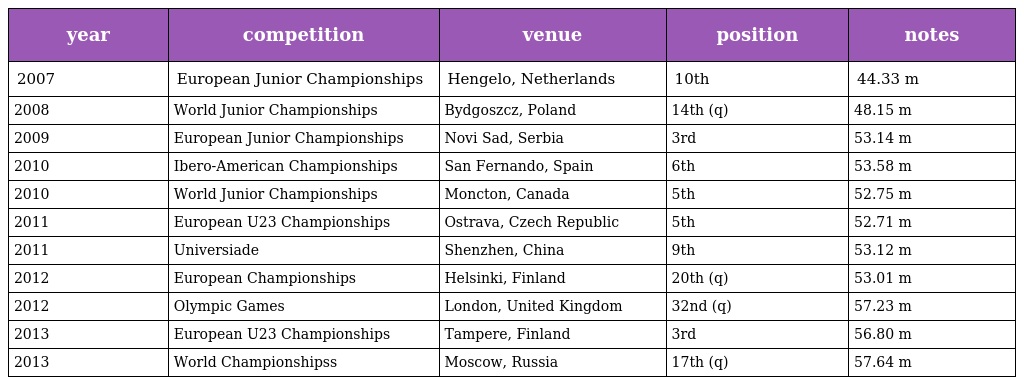
| year | competition | venue | position | notes |
 | --- | --- | --- | --- | --- |
 | 2007 | European Junior Championships | Hengelo, Netherlands | 10th | 44.33 m |
 | 2008 | World Junior Championships | Bydgoszcz, Poland | 14th (q) | 48.15 m |
 | 2009 | European Junior Championships | Novi Sad, Serbia | 3rd | 53.14 m |
 | 2010 | Ibero-American Championships | San Fernando, Spain | 6th | 53.58 m |
 | 2010 | World Junior Championships | Moncton, Canada | 5th | 52.75 m |
 | 2011 | European U23 Championships | Ostrava, Czech Republic | 5th | 52.71 m |
 | 2011 | Universiade | Shenzhen, China | 9th | 53.12 m |
 | 2012 | European Championships | Helsinki, Finland | 20th (q) | 53.01 m |
 | 2012 | Olympic Games | London, United Kingdom | 32nd (q) | 57.23 m |
 | 2013 | European U23 Championships | Tampere, Finland | 3rd | 56.80 m |
 | 2013 | World Championshipss | Moscow, Russia | 17th (q) | 57.64 m |